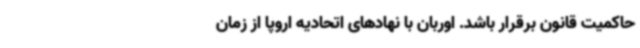
حاکمیت قانون برقرار باشد. اوربان با نهادهای اتحادیه اروپا از زمان